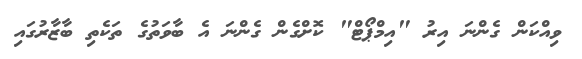
ވިއްކަން ގެންނަ އިރު "އިމްޕޯޓް" ކޮށްގެން ގެންނަ އެ ބާވަތުގެ ތަކެތި ބާޒާރުގައި